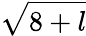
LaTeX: \sqrt{8+l}